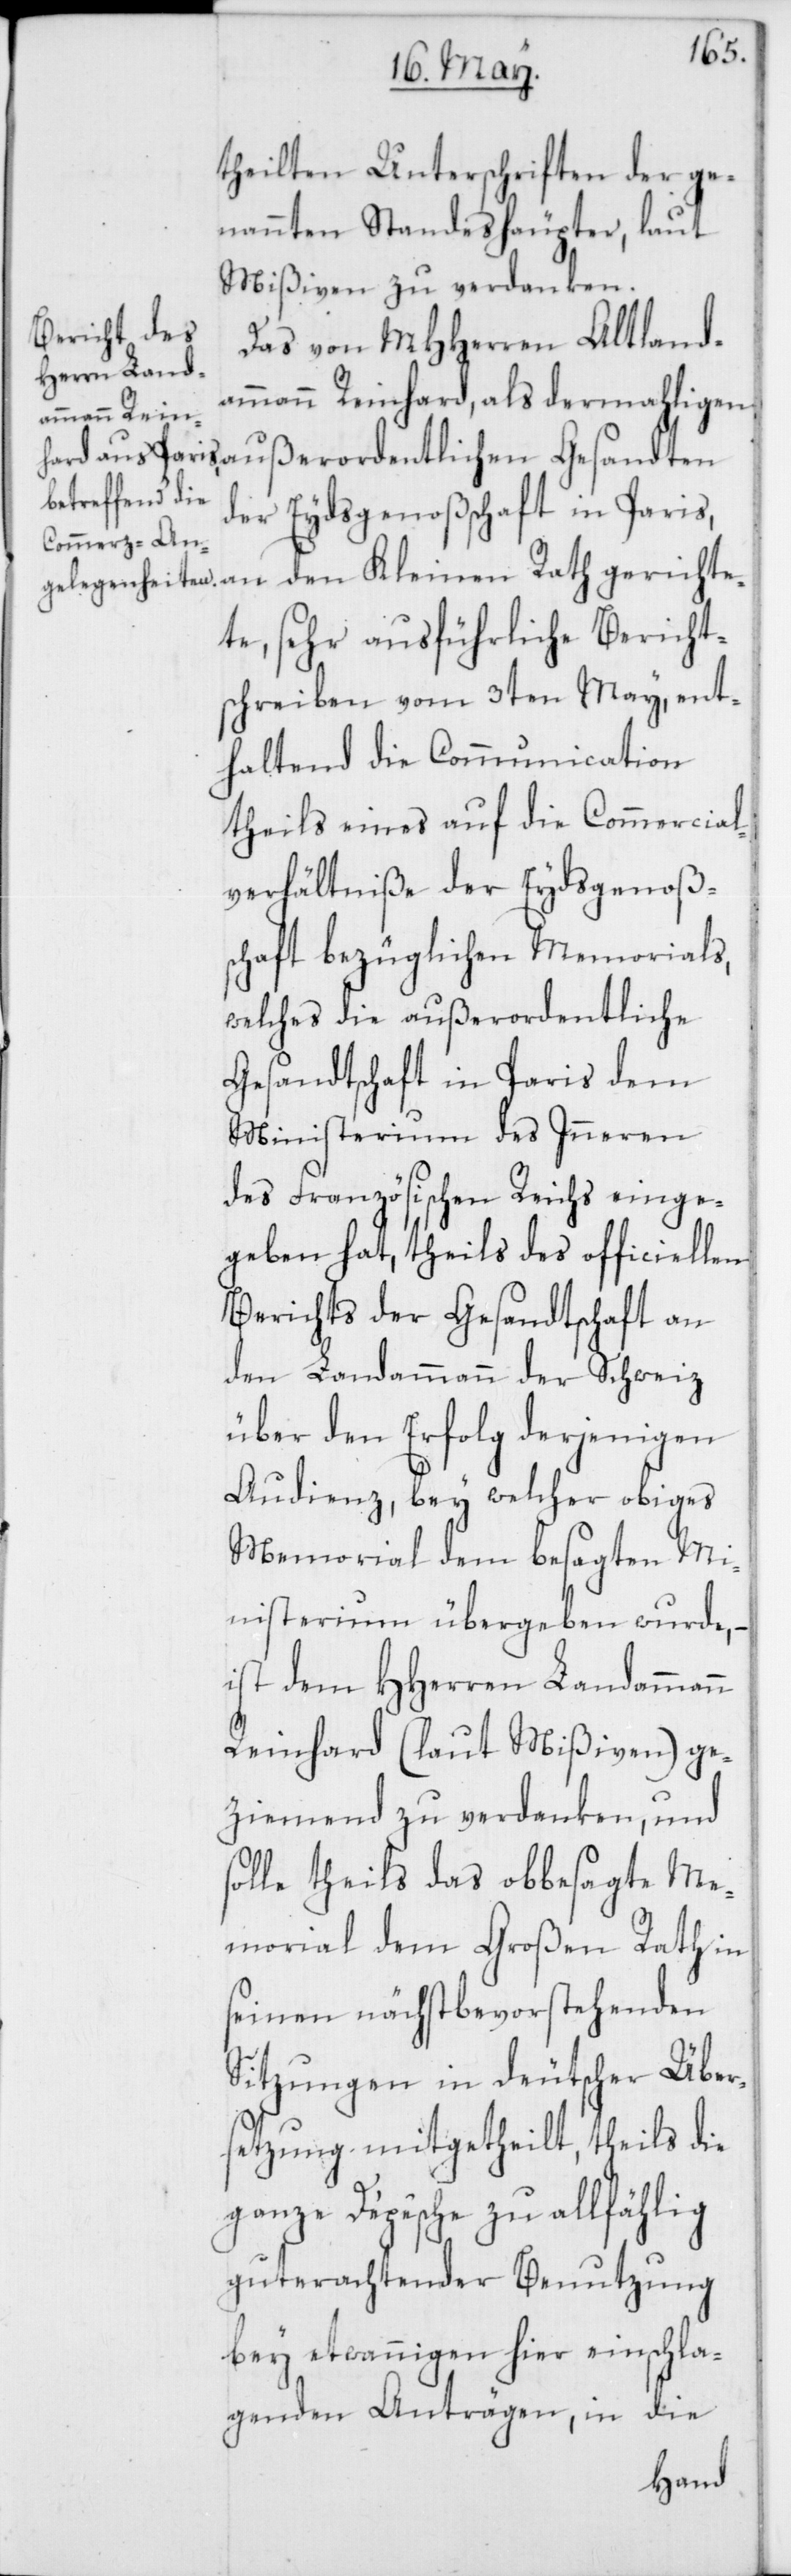
gerichte¬
theilten Unterschriften der ge¬
nannten Standeshäupter, laut
Mißiven zu verdanken.
Das von MHHerren Altland¬
ammann Reinhard, als dermahligen
der Eydsgenoßschaft in Paris,
te, sehr ausführliche Bericht¬
schreiben vom 3ten May, ent¬
haltend die Communication
theils eines auf die Conmmercial¬
verhältniße der Eydsgenoß¬
schaft bezüglichen Memorials,
welches die außerordentliche
Gesandtschaft in Paris dem
Ministerium des Inneren
des Französischen Reichs einge¬
geben hat, theils des officiellen
Berichts der Gesandtschaft an
den Landammann der Schweiz
über den Erfolg derjenigen
Audienz, bey welcher obiges
Memorial dem besagten Mi¬
nisterium übergeben wurde,
ist dem HHerren Landammann
Reinhard (laut Mißiven) ge¬
ziemend zu verdanken, und
solle theils das obbesagte Me¬
morial dem Großen Rath in
seinen nächst bevorstehenden
Sitzungen in deutscher Über¬
setzung mitgetheilt, theils die
ganze Dépêsche zu allfählig
guterachtender Benutzung
bey etwannigen hier einschla¬
genden Anträgen, in die